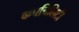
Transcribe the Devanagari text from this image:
कपबिलिटी